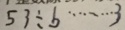
5 3 \div b \cdots 3